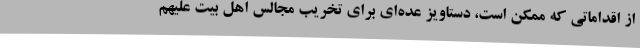
از اقداماتی که ممکن است، دستاویز عده‌ای برای تخریب مجالس اهل بیت علیهم